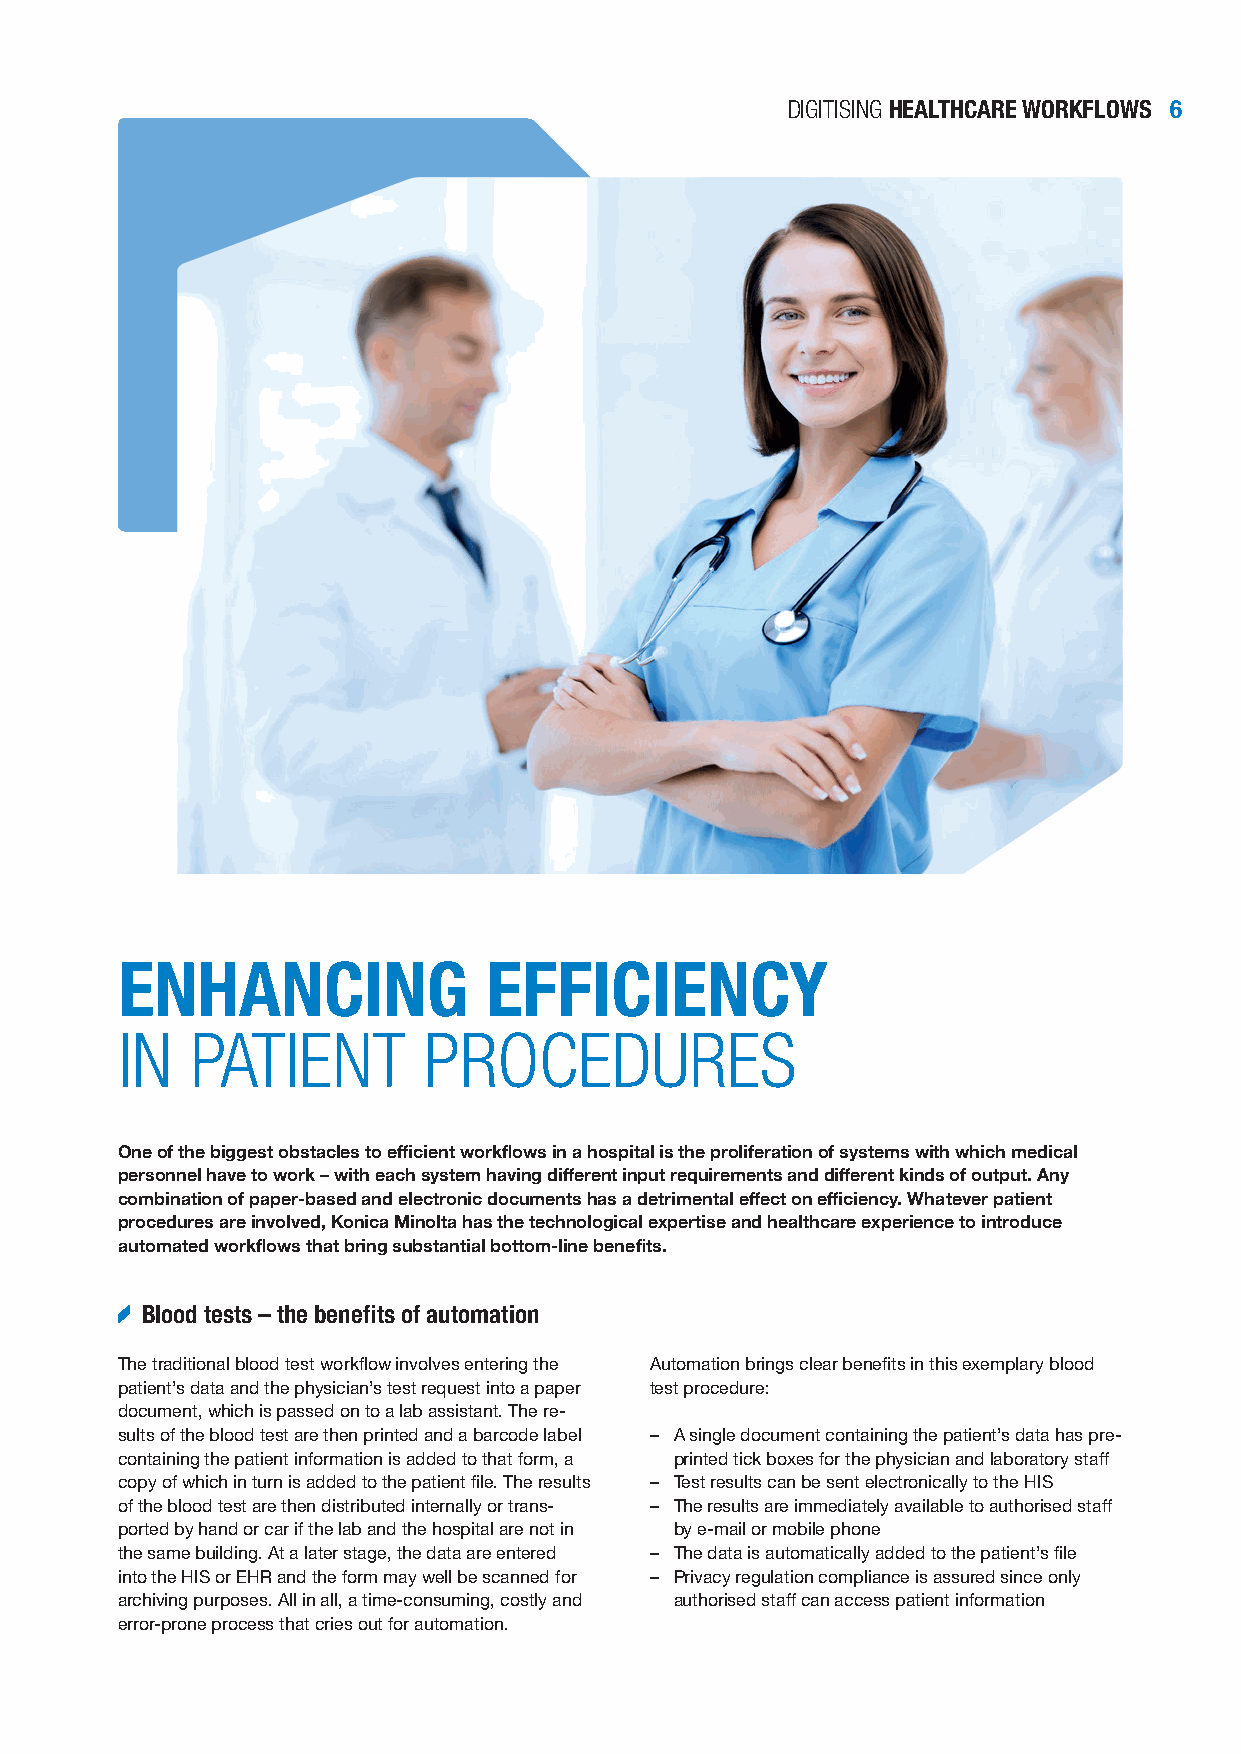
DIGITISING HEALTHCARE WORKFLOWS 6
 ENHANCING               EFFICIENCY
 IN   PATIENT        PROCEDURES
 One of the biggest obstacles to efficient workflows in a hospital is the proliferation of systems with which medical
 personnel have to work – with each system having different input requirements and different kinds of output. Any
 combination of paper-based and electronic documents has a detrimental effect on efficiency. Whatever patient
 procedures are involved, Konica Minolta has the technological expertise and healthcare experience to introduce
 automated workflows that bring substantial bottom-line benefits.
 Blood tests – the benefits of automation
 The traditional blood test workflow involves entering the Automation brings clear benefits in this exemplary blood
 patient’s data and the physician’s test request into a paper test procedure:
 document, which is passed on to a lab assistant. The re-
 sults of the blood test are then printed and a barcode label – A single document containing the patient’s data has pre-
 containing the patient information is added to that form, a printed tick boxes for the physician and laboratory staff
 copy of which in turn is added to the patient file. The results – Test results can be sent electronically to the HIS
 of the blood test are then distributed internally or trans- – The results are immediately available to authorised staff
 ported by hand or car if the lab and the hospital are not in by e-mail or mobile phone
 the same building. At a later stage, the data are entered – The data is automatically added to the patient’s file
 into the HIS or EHR and the form may well be scanned for – Privacy regulation compliance is assured since only
 archiving purposes. All in all, a time-consuming, costly and authorised staff can access patient information
 error-prone process that cries out for automation.